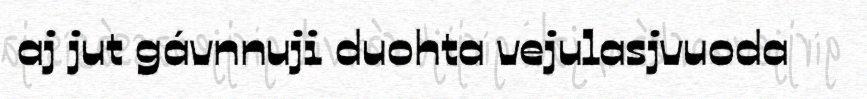
aj jut gávnnuji duohta vejulasjvuoda